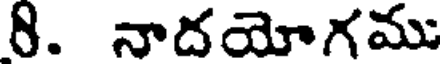
8. నాదయోగము